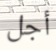
أجل